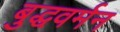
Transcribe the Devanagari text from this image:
बुद्धवर्मन